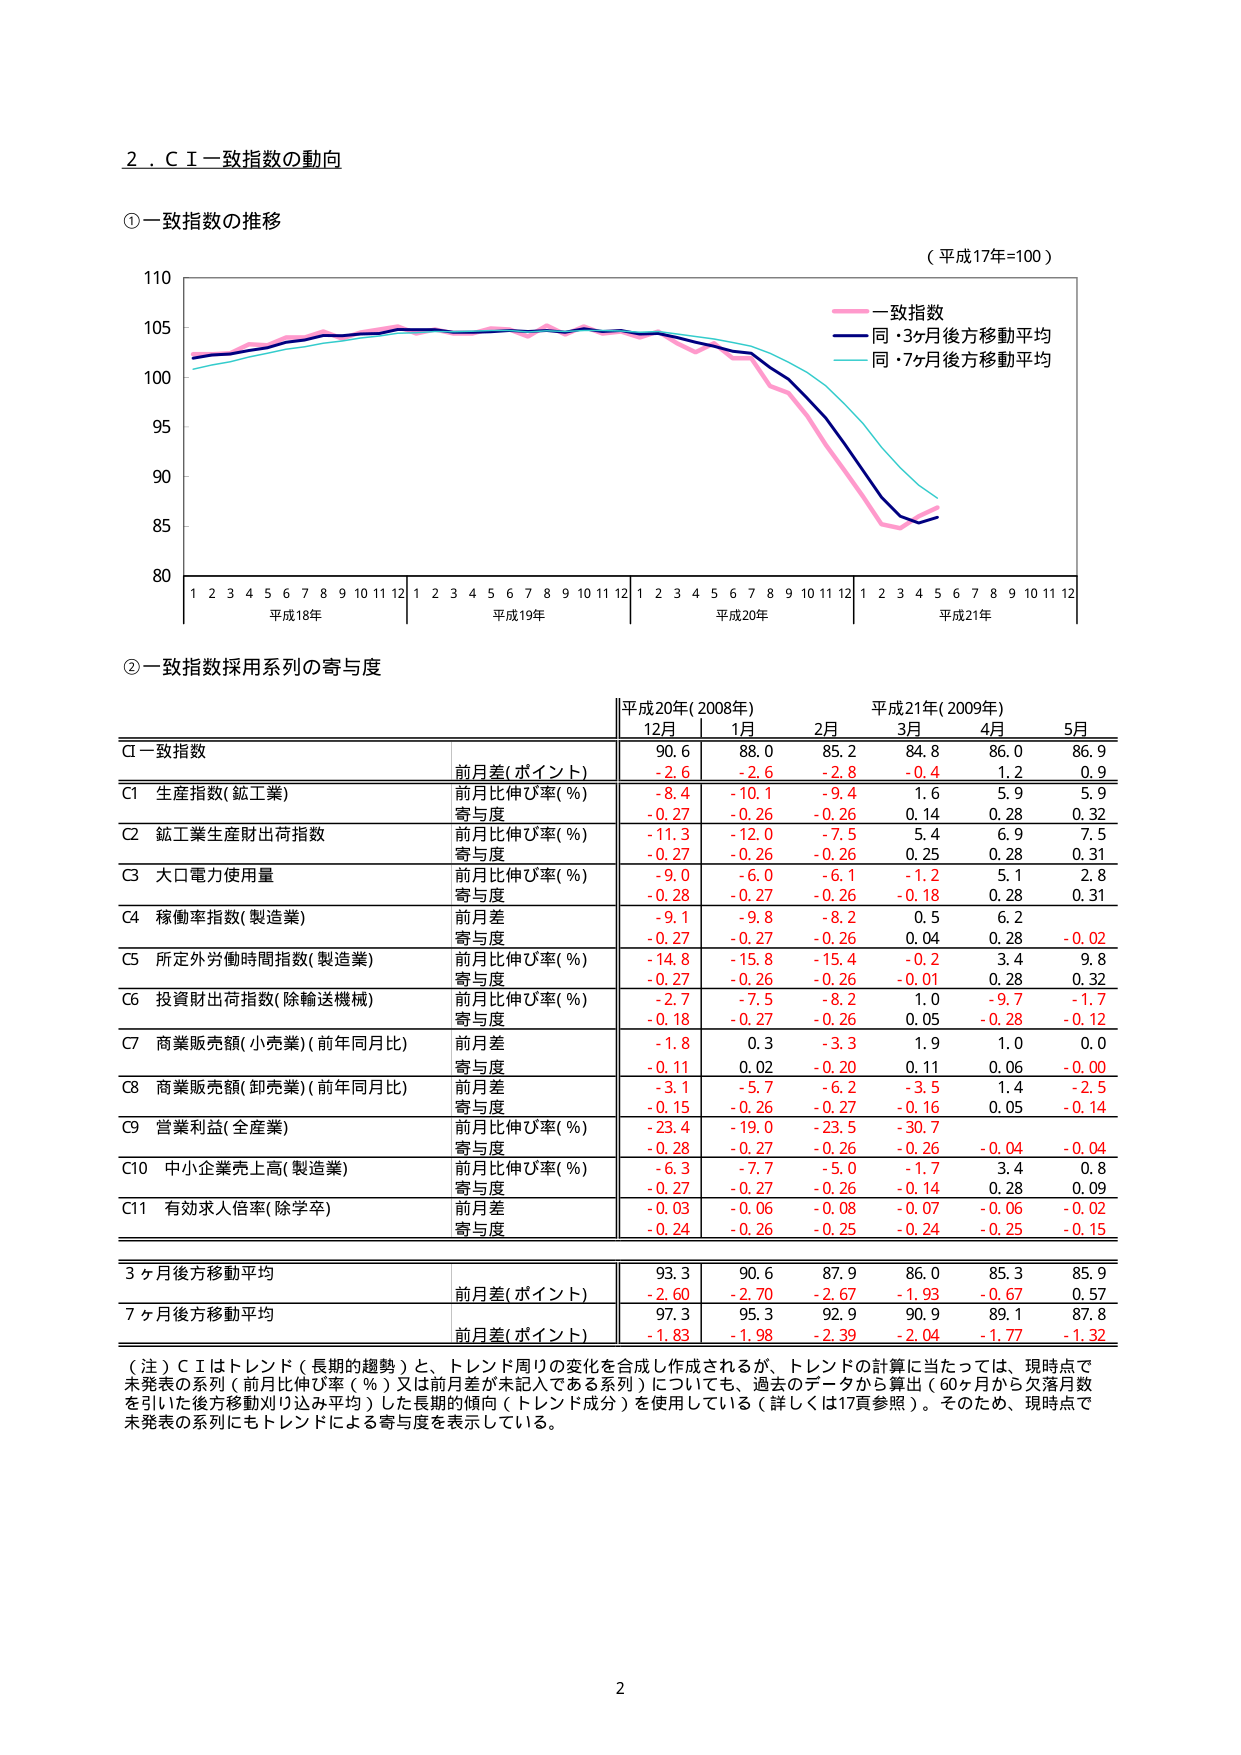
2．ＣＩ一致指数の動向

①一致指数の推移

（平成17年=100）

110
105
100
95
90
85
80

1 2 3 4 5 6 7 8 9 10 11 12 1 2 3 4 5 6 7 8 9 10 11 12 1 2 3 4 5 6 7 8 9 10 11 12 1 2 3 4 5 6 7 8 9 10 11 12
平成18年 平成19年 平成20年 平成21年

一致指数
同・3ヶ月後方移動平均
同・7ヶ月後方移動平均

②一致指数採用系列の寄与度

平成20年(2008年) 平成21年(2009年)
12月 1月 2月 3月 4月 5月

CI一致指数
前月差(ポイント) 90.6 88.0 85.2 84.8 86.0 86.9
-2.6 -2.6 -2.8 -0.4 1.2 0.9

C1 生産指数(鉱工業)
前月比伸び率(％) -8.4 -10.1 -9.4 1.6 5.9 5.9
寄与度 -0.27 -0.26 -0.26 0.14 0.28 0.32

C2 鉱工業生産財出荷指数
前月比伸び率(％) -11.3 -12.0 -7.5 5.4 6.9 7.5
寄与度 -0.27 -0.26 -0.26 0.25 0.28 0.31

C3 大口電力使用量
前月比伸び率(％) -9.0 -6.0 -6.1 -1.2 5.1 2.8
寄与度 -0.28 -0.27 -0.26 -0.18 0.28 0.31

C4 稼働率指数(製造業)
前月差 -9.1 -9.8 -8.2 0.5 6.2
寄与度 -0.27 -0.27 -0.26 0.04 0.28 -0.02

C5 所定外労働時間指数(製造業)
前月比伸び率(％) -14.8 -15.8 -15.4 -0.2 3.4 9.8
寄与度 -0.27 -0.26 -0.26 -0.01 0.28 0.32

C6 投資財出荷指数(除輸送機械)
前月比伸び率(％) -2.7 -7.5 -8.2 1.0 -9.7 -1.7
寄与度 -0.18 -0.27 -0.26 0.05 -0.28 -0.12

C7 商業販売額(小売業)(前年同月比)
前月差 -1.8 0.3 -3.3 1.9 1.0 0.0
寄与度 -0.11 0.02 -0.20 0.11 0.06 -0.00

C8 商業販売額(卸売業)(前年同月比)
前月差 -3.1 -5.7 -6.2 -3.5 1.4 -2.5
寄与度 -0.15 -0.26 -0.27 -0.16 0.05 -0.14

C9 営業利益(全産業)
前月比伸び率(％) -23.4 -19.0 -23.5 -30.7
寄与度 -0.28 -0.27 -0.26 -0.26 -0.04 -0.04

C10 中小企業売上高(製造業)
前月比伸び率(％) -6.3 -7.7 -5.0 -1.7 3.4 0.8
寄与度 -0.27 -0.27 -0.26 -0.14 0.28 0.09

C11 有効求人倍率(除学卒)
前月差 -0.03 -0.06 -0.08 -0.07 -0.06 -0.02
寄与度 -0.24 -0.26 -0.25 -0.24 -0.25 -0.15

3ヶ月後方移動平均
前月差(ポイント) 93.3 90.6 87.9 86.0 85.3 85.9
-2.60 -2.70 -2.67 -1.93 -0.67 0.57

7ヶ月後方移動平均
前月差(ポイント) 97.3 95.3 92.9 90.9 89.1 87.8
-1.83 -1.98 -2.39 -2.04 -1.77 -1.32

（注）ＣＩはトレンド（長期的趨勢）と、トレンド周りの変化を合成し作成されるが、トレンドの計算に当たっては、現時点で未発表の系列（前月比伸び率（％）又は前月差が未記入である系列）についても、過去のデータから算出（60ヶ月から欠落月数を引いた後方移動刈り込み平均）した長期的傾向（トレンド成分）を使用している（詳しくは17頁参照）。そのため、現時点で未発表の系列にもトレンドによる寄与度を表示している。

2